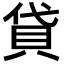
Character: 貸